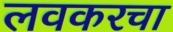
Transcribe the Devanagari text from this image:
लवकरचा